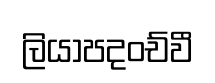
ලියාපදංච්වී